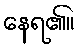
နေရ၏။